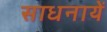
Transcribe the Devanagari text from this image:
साधनायें